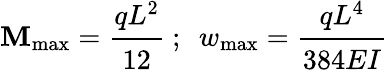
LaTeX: \mathbf{M}_{\mathrm{{max}}}={\cfrac{qL^{2}}{12}}~;~~w_{\mathrm{{max}}}={\cfrac{qL^{4}}{384EI}}